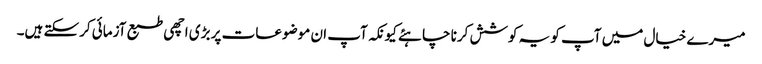
میرے خیال میں آپ کو یہ کوشش کرنا چاہئے کیونکہ آپ ان موضوعات پر بڑی اچھی طبع آزمائی کرسکتے ہیں۔